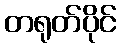
တရုတ်ပိုင်